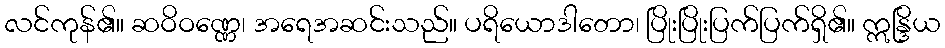
လင်ကုန်၏။ ဆဝိဝဏ္ဏေ၊ အရေအဆင်းသည်။ ပရိယောဒါတော၊ ပြိုးပြိုးပြက်ပြက်ရှိ၏။ ဣန္ဒြိယ